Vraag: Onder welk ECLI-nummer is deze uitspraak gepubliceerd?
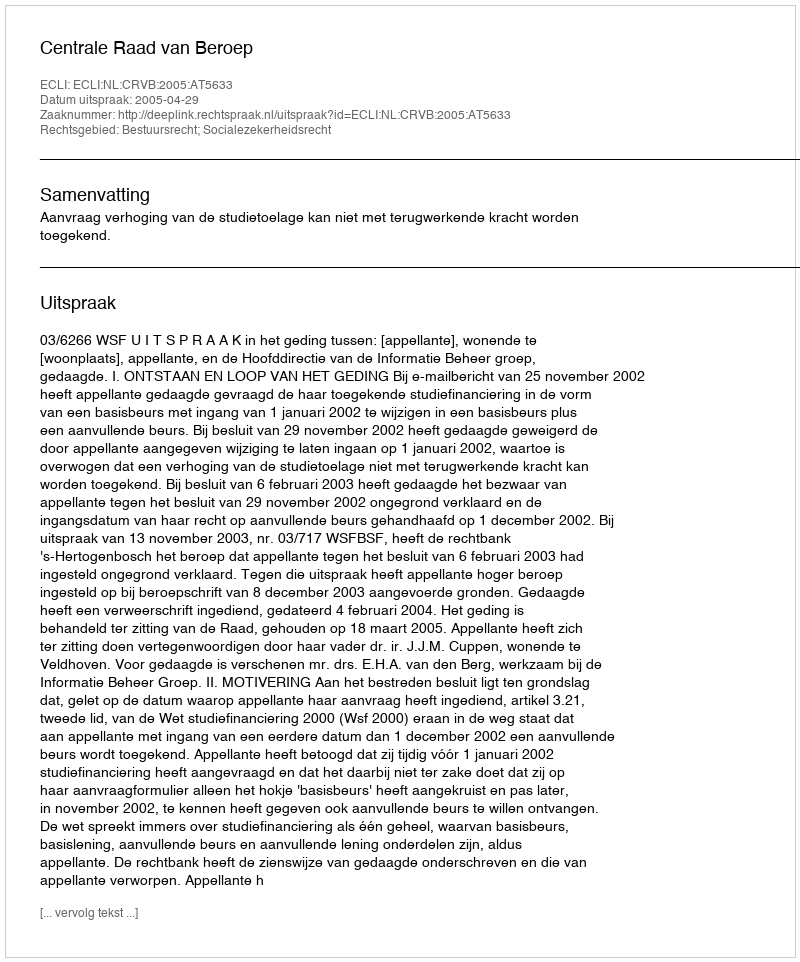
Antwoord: ECLI:NL:CRVB:2005:AT5633